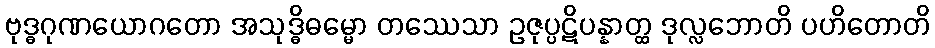
ဗုဒ္ဓဂုဏယောဂတော အသုဒ္ဓိဓမ္မော တဿေသာ ဥဇုပ္ပဋိပန္နာတ္ထ ဒုလ္လဘောတိ ပဟိတောတိ